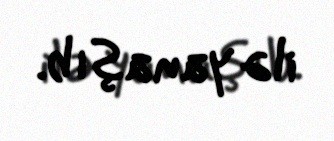
ilə yanaşıb.